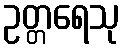
ဥတ္တရေသု